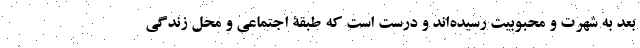
بعد به شهرت و محبوبیت رسیده‌اند و درست است که طبقۀ اجتماعی و محل زندگی